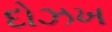
દોઝખ